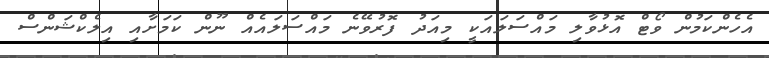
އެހެންކަމުން ވޯޓް އޮޅުވާލި މައްސަލައަކީ މިއަދު ފޮރުވޭނެ މައްސަލައެއް ނޫން ކަމަށާއި އިލެކްޝަންސް